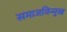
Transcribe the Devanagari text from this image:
समाजविन्मुख